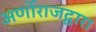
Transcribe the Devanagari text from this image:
अर्णोराजद्वारा